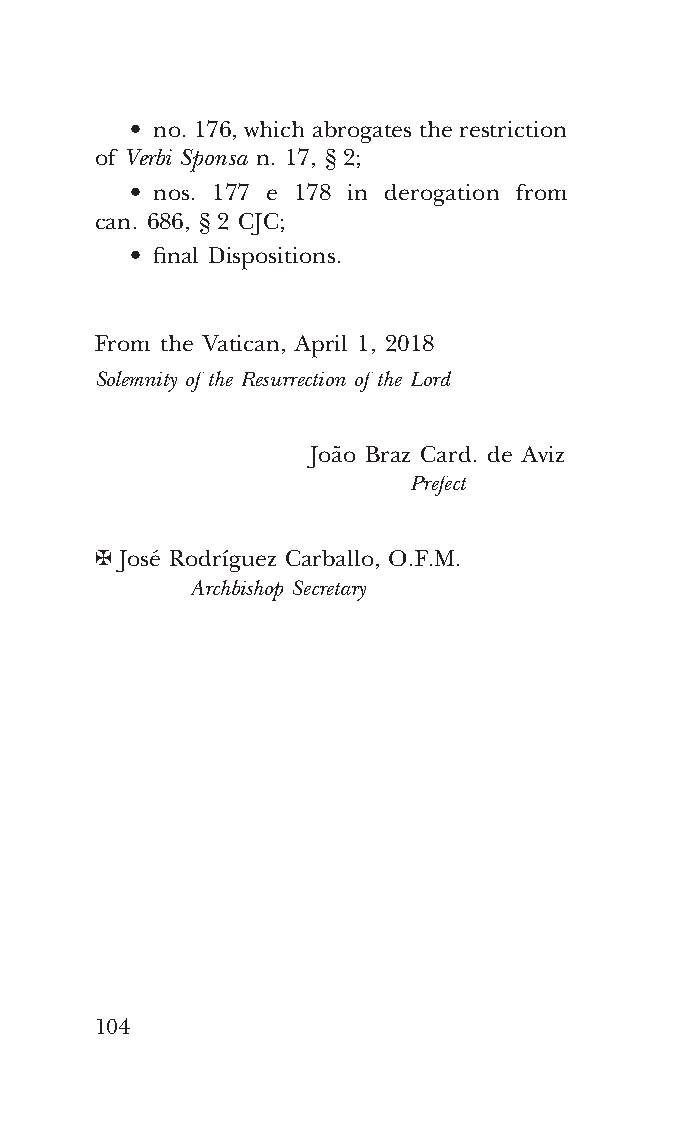
COR ORANS – NUOVO FORMATO – INGLESE 2ª BOZZA – 24 maggio 2018 – 11:12
 • no. 176, which abrogates the restriction
 of Verbi Sponsa n. 17, § 2;
 • nos. 177 e 178 in derogation from
 can. 686, § 2 CJC;
 • final Dispositions.
 From the Vatican, April 1, 2018
 Solemnity of the Resurrection of the Lord
 João Braz Card. de Aviz
 Prefect
 ✠ José Rodríguez Carballo, O.F.M.
 Archbishop Secretary
 104